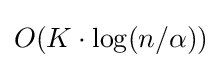
O(K\cdot \log(n/\alpha ))